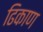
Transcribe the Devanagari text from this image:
ढिकाण